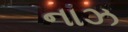
નાઝ